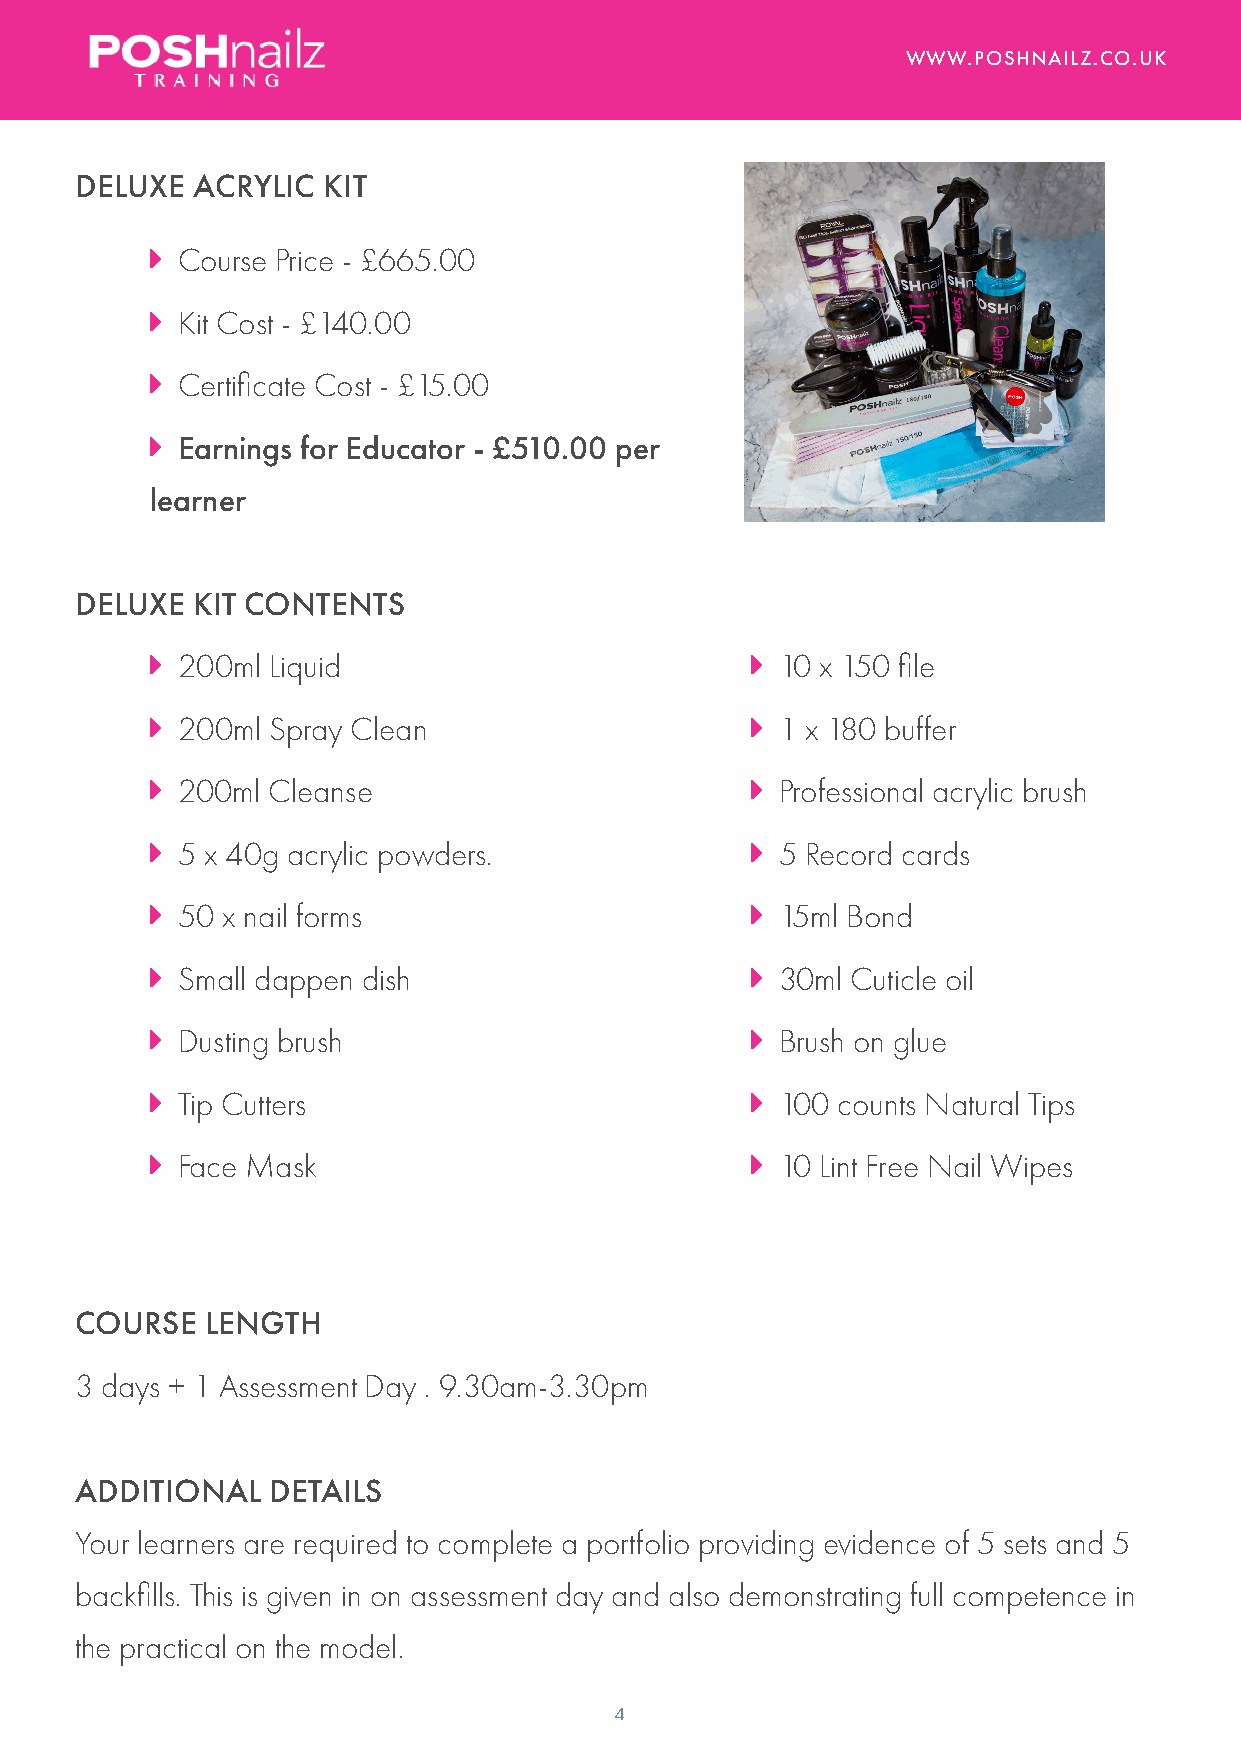
WWW.POSHNAILZ.CO.UK
 DELUXE  ACRYLIC KIT
  Course Price - £665.00
  Kit Cost - £140.00
  Certificate Cost - £15.00
  Earnings for Educator - £510.00 per
 learner
 DELUXE  KIT CONTENTS
  200ml Liquid                           10 x 150 file
  200ml Spray Clean                      1 x 180 buffer
  200ml Cleanse                          Professional acrylic brush
  5 x 40g acrylic powders.               5 Record cards
  50 x nail forms                        15ml Bond
  Small dappen dish                      30ml Cuticle oil
  Dusting brush                          Brush on glue
  Tip Cutters                            100 counts Natural Tips
  Face Mask                              10 Lint Free Nail Wipes
 COURSE   LENGTH
 3 days + 1 Assessment Day . 9.30am-3.30pm
 ADDITIONAL   DETAILS
 Your learners are required to complete a portfolio providing evidence of 5 sets and 5
 backfills. This is given in on assessment day and also demonstrating full competence in
 the practical on the model.
 4